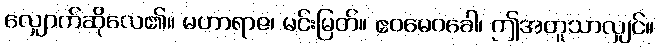
လျှောက်ဆိုလေ၏။ မဟာရာဇ၊ မင်းမြတ်။ ဧဝမေဝခေါ၊ ဤအတူသာလျှင်။